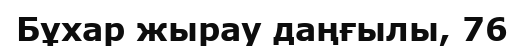
Бұхар жырау даңғылы, 76